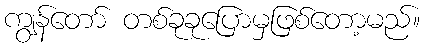
ကျွန်တော် တစ်ခုခုပြောမှဖြစ်တော့မည်။